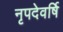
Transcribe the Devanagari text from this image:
नृपदेवर्षि